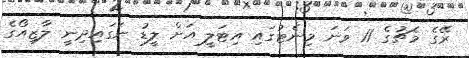
ރޭގެ މެޗުގެ 11 ވަނަ މިނެޓުގައި އިޓަލީ އަށް ލީޑު ނަގައިދިނީ ލާޒިއޯގެ